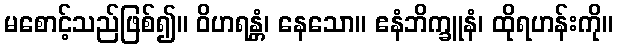
မစောင့်သည်ဖြစ်၍။ ဝိဟရန္တံ၊ နေသော။ ဧနံဘိက္ခူနံ၊ ထိုရဟန်းကို။